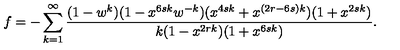
f = - \sum _ { k = 1 } ^ { \infty } \frac { ( 1 - w ^ { k } ) ( 1 - x ^ { 6 s k } w ^ { - k } ) ( x ^ { 4 s k } + x ^ { ( 2 r - 6 s ) k } ) ( 1 + x ^ { 2 s k } ) } { k ( 1 - x ^ { 2 r k } ) ( 1 + x ^ { 6 s k } ) } .